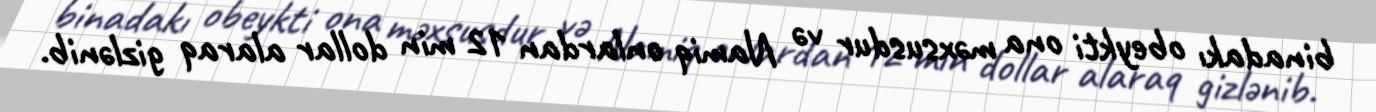
binadakı obeykti ona məxsusdur və Namiq onlardan 12 min dollar alaraq gizlənib.